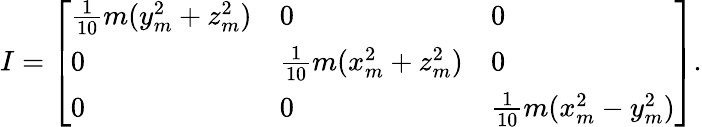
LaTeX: I={\left[\begin{array}{lll}{{\frac{1}{10}}m(y_{m}^{2}+z_{m}^{2})}&{0}&{0}\\ {0}&{{\frac{1}{10}}m(x_{m}^{2}+z_{m}^{2})}&{0}\\ {0}&{0}&{{\frac{1}{10}}m(x_{m}^{2}-y_{m}^{2})}\end{array}\right]}.